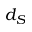
d _ { S }